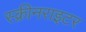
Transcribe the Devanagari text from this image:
स्क्रीनराइटर